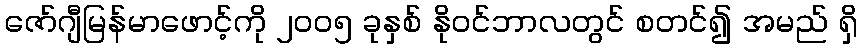
ဇော်ဂျီမြန်မာဖောင့်ကို ၂၀၀၅ ခုနှစ် နိုဝင်ဘာလတွင် စတင်၍ အမည် ရှိ